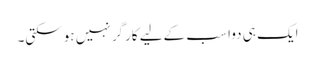
ایک ہی دوا سب کےلیے کارگر نہیں ہوسکتی۔